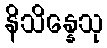
နိသိန္နေသု